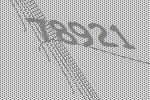
78921